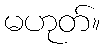
မဟုတ်။